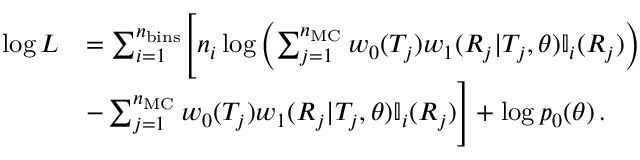
\begin{array} { r l } { \log L } & { = \sum _ { i = 1 } ^ { n _ { \mathrm { b i n s } } } \Biggl [ n _ { i } \log \left( \sum _ { j = 1 } ^ { n _ { \mathrm { M C } } } w _ { 0 } ( T _ { j } ) w _ { 1 } ( R _ { j } | T _ { j } , \theta ) \mathbb { I } _ { i } ( R _ { j } ) \right) } \\ & { - \sum _ { j = 1 } ^ { n _ { \mathrm { M C } } } w _ { 0 } ( T _ { j } ) w _ { 1 } ( R _ { j } | T _ { j } , \theta ) \mathbb { I } _ { i } ( R _ { j } ) \Biggr ] + \log p _ { 0 } ( \theta ) \, . } \end{array}